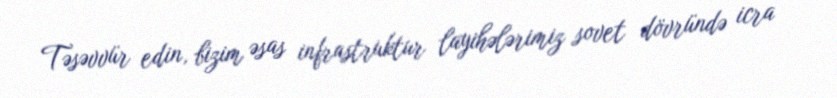
Təsəvvür edin, bizim əsas infrastruktur layihələrimiz sovet dövründə icra